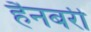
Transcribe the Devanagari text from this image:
हैनबरी